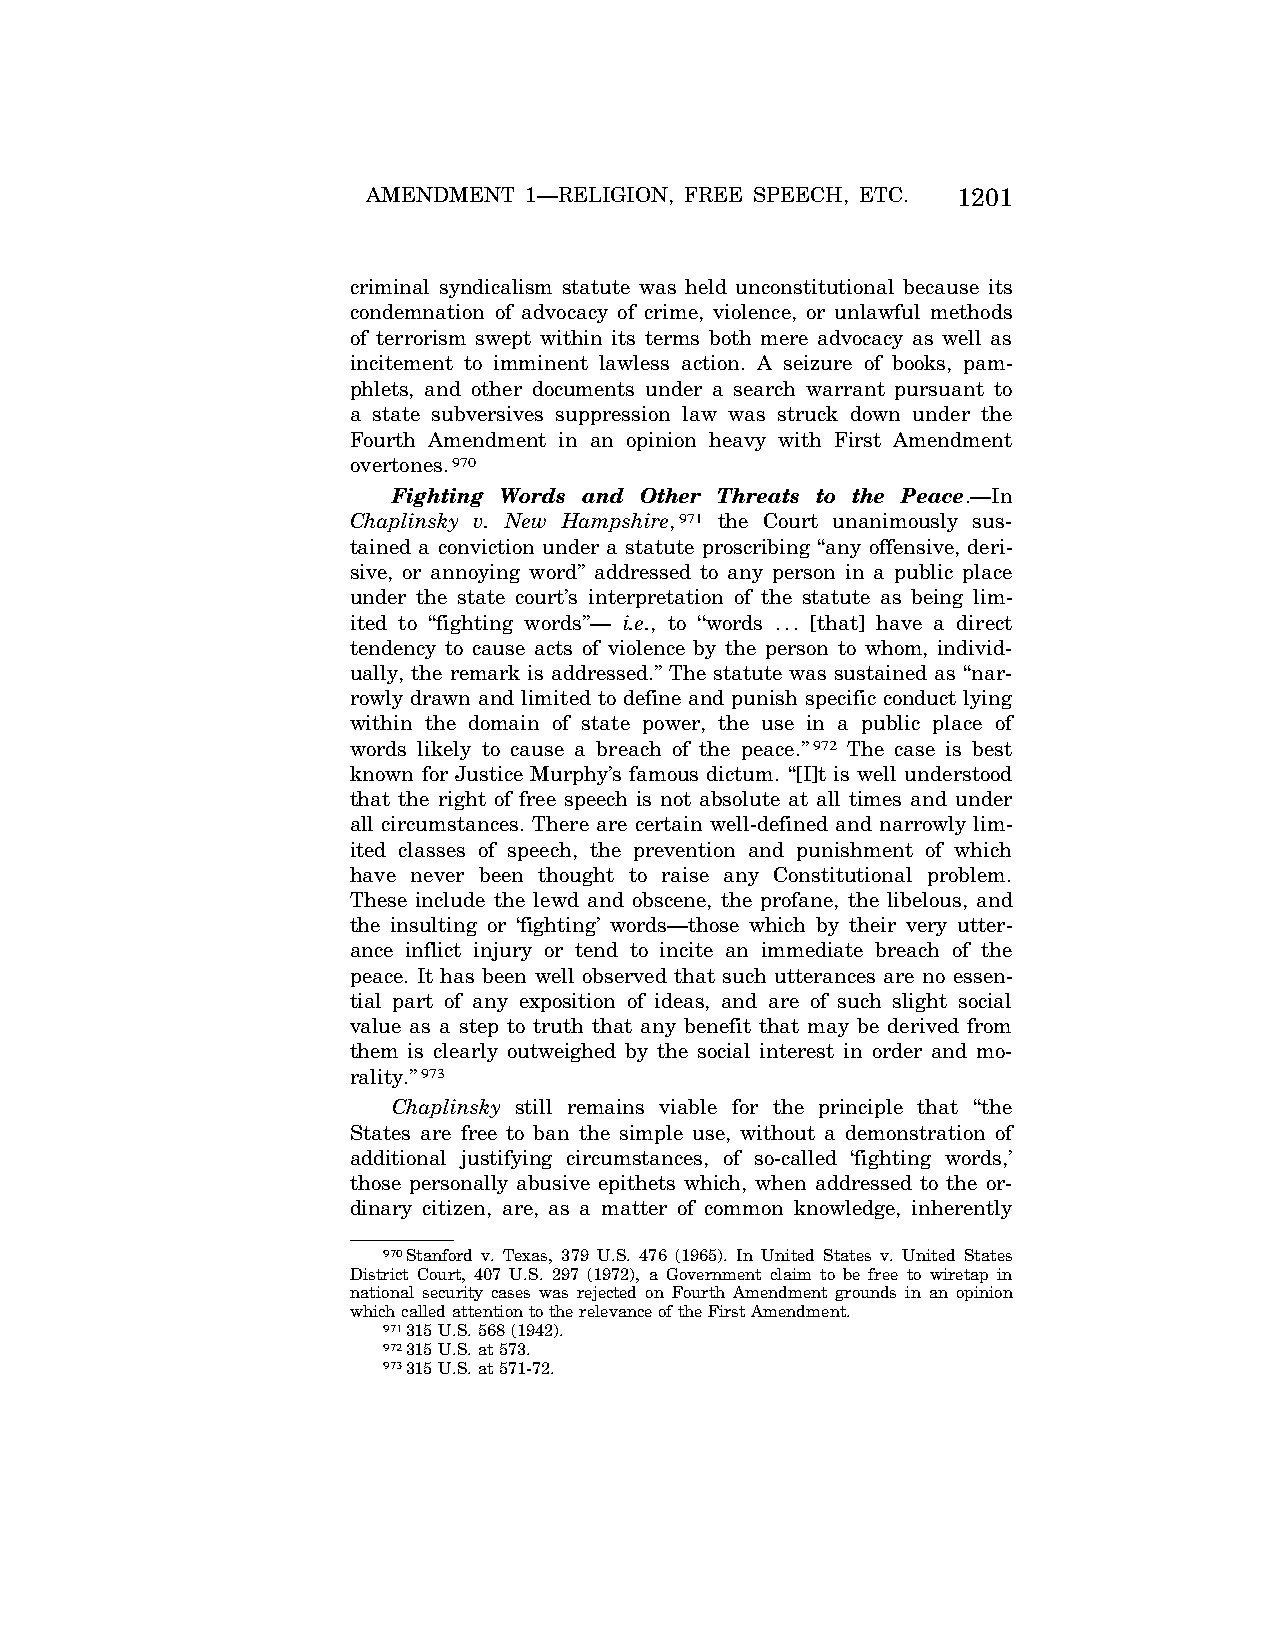
AMENDMENT  1—RELIGION, FREE SPEECH, ETC. 1201
 criminal syndicalism statute was held unconstitutional because its
 condemnation of advocacy of crime, violence, or unlawful methods
 of terrorism swept within its terms both mere advocacy as well as
 incitement to imminent lawless action. A seizure of books, pam-
 phlets, and other documents under a search warrant pursuant to
 a state subversives suppression law was struck down under the
 Fourth Amendment in an opinion heavy with First Amendment
 overtones.970
 Fighting Words and Other Threats to the Peace.—In
 Chaplinsky v. New Hampshire,971 the Court unanimously sus-
 tained a conviction under a statute proscribing ‘‘any offensive, deri-
 sive, or annoying word’’ addressed to any person in a public place
 under the state court’s interpretation of the statute as being lim-
 ited to ‘‘fighting words’’— i.e., to ‘‘words ... [that] have a direct
 tendency to cause acts of violence by the person to whom, individ-
 ually, the remark is addressed.’’ The statute was sustained as ‘‘nar-
 rowly drawn and limited to define and punish specific conduct lying
 within the domain of state power, the use in a public place of
 words likely to cause a breach of the peace.’’972 The case is best
 known for Justice Murphy’s famous dictum. ‘‘[I]t is well understood
 that the right of free speech is not absolute at all times and under
 all circumstances. There are certain well-defined and narrowly lim-
 ited classes of speech, the prevention and punishment of which
 have never been thought to raise any Constitutional problem.
 These include the lewd and obscene, the profane, the libelous, and
 the insulting or ‘fighting’ words—those which by their very utter-
 ance inflict injury or tend to incite an immediate breach of the
 peace. It has been well observed that such utterances are no essen-
 tial part of any exposition of ideas, and are of such slight social
 value as a step to truth that any benefit that may be derived from
 them is clearly outweighed by the social interest in order and mo-
 rality.’’973
 Chaplinsky still remains viable for the principle that ‘‘the
 States are free to ban the simple use, without a demonstration of
 additional justifying circumstances, of so-called ‘fighting words,’
 those personally abusive epithets which, when addressed to the or-
 dinary citizen, are, as a matter of common knowledge, inherently
 970Stanford v. Texas, 379 U.S. 476 (1965). In United States v. United States
 District Court, 407 U.S. 297 (1972), a Government claim to be free to wiretap in
 national security cases was rejected on Fourth Amendment grounds in an opinion
 which called attention to the relevance of the First Amendment.
 971315 U.S. 568 (1942).
 972315 U.S. at 573.
 973315 U.S. at 571-72.
 VerDate Apr<15>2004 08:57 Jun 25, 2004 Jkt 077500 PO 00000 Frm 00189 Fmt 8222 Sfmt 8222 C:\CONAN\CON024.SGM PRFM99 PsN: CON024